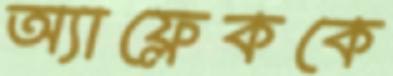
অ্যাফ্লেককে